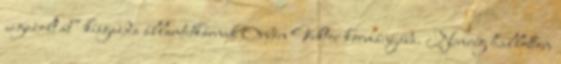
„igazolt át” kisgazda államtitkárnak Orbán Viktor kormányába. Nemrég hallottam